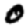
Digit: 0